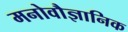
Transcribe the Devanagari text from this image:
मनोवौज्ञानिक